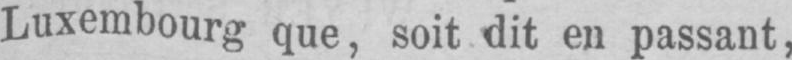
Luxembourg que, soit dit en passant,